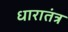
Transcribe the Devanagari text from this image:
धारातंत्र